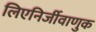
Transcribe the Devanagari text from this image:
लिएनिर्जीवाणुक